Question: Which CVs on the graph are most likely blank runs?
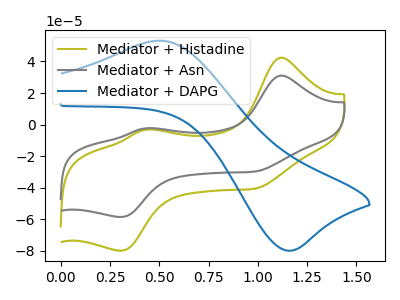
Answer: <think>The olive curve "Mediator + Histadine" has anodic peaks at (1.10V, 42.40uA) (0.45V, -3.20uA) and cathodic peaks at (1.00V, -40.30uA) (0.30V, -79.95uA). The gray curve "Mediator + Asn" has anodic peaks at (1.10V, 31.10uA) (0.45V, -2.35uA) and cathodic peaks at (1.00V, -29.55uA) (0.30V, -58.60uA). The blue curve "Mediator + DAPG" has an anodic peak at (0.50V, 53.15uA) and a cathodic peak at (1.15V, -79.90uA).</think>
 <answer>There are not any CV's on this graph that are likely to be blanks.</answer>
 <eval>none</eval>